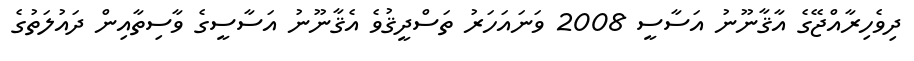
ދިވެހިރާއްޖޭގެ އާޤާނޫނު އަސާސީ 2008 ވަނައަހަރު ތަސްދީޤުވެ އެޤާނޫނު އަސާސީގެ ވާސިތާއިން ދައުލަތުގެ